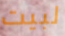
لبيت